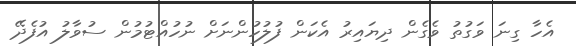
އެހާ ގިނަ ވަގުތު ވެގެން ދިޔައިރު އެކަން ފުލުހުންނަށް ނުހުއްޓުމުން ސުވާލު އުފެދޭ